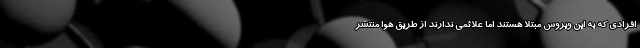
افرادی که به این ویروس مبتلا هستند اما علائمی ندارند از طریق هوا منتشر